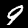
Label: 9